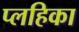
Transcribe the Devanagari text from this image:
प्लहिका